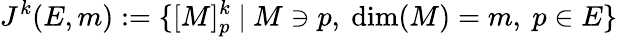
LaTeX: J^{k}(E,m):=\{ [M]_{p}^{k}~|~M\ni p,~{\mathrm{dim}}(M)=m,~p\in E\}